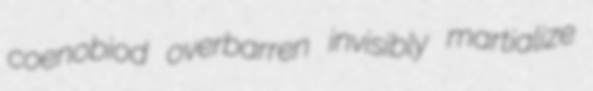
coenobiod overbarren invisibly martialize